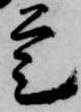
定